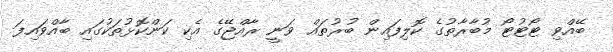
ބޭއްވި ޓޯޓުޓޯ މުބާރާތުގެ ކޮލިފައިން ބުރުތައް ވަނީ ރާއްޖޭގެ އެކި ކަންކޮޅުތަކުގައި ބާއްވައިފަ